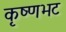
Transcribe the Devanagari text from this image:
कृष्णभट